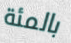
بالمئة